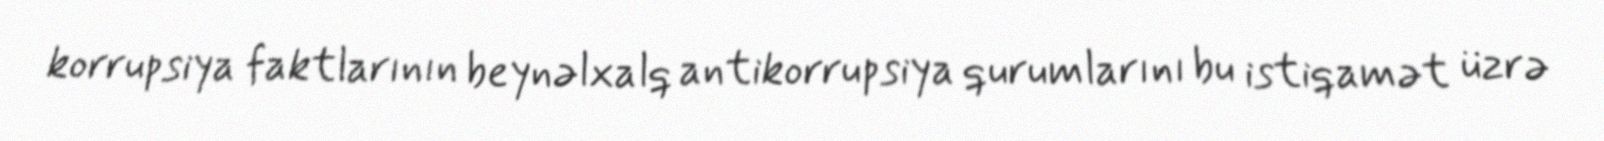
korrupsiya faktlarının beynəlxalq antikorrupsiya qurumlarını bu istiqamət üzrə